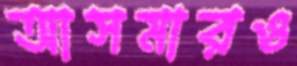
আসমারও